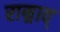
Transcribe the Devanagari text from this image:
राम्र्राव्